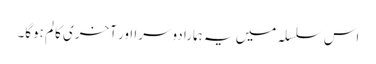
اس سلسلہ میں یہ ہمارا دوسرا اور آخری کالم ہوگا۔